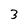
Character: 3